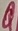
Text: Q